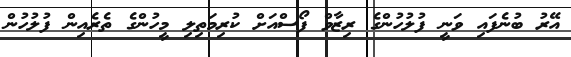
އޭރު ބުނެފައި ވަނީ ފުލުހުންގެ ރިޒާވް ފޯސްއަށް ކުރިމަތިލި މީހުންގެ ތެރެއިން ފުލުހުން